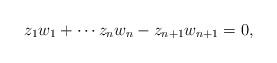
LaTeX: \begin{align*} z_1 w_1+ \cdots z_n w_n-z_{n+1} w_{n+1} =0,\end{align*}